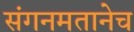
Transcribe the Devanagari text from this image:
संगनमतानेच